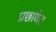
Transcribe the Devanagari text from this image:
प्रछायेत